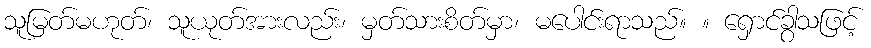
သူမြတ်မဟုတ်၊ သူယုတ်အားလည်း၊ မှတ်သားစိတ်မှာ၊ မပေါင်းရာသည်။ ။ ရှောင်ခွါသဖြင့်